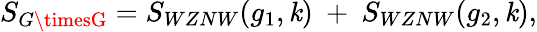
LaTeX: S_{G\timesG}=S_{WZNW}(g_{1},\mathit{k})~+~S_{WZNW}(g_{2},\mathit{k}),